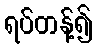
ရပ်တန့်၍